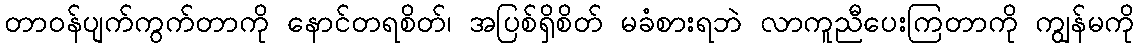
တာဝန်ပျက်ကွက်တာကို နောင်တရစိတ်၊ အပြစ်ရှိစိတ် မခံစားရဘဲ လာကူညီပေးကြတာကို ကျွန်မကို